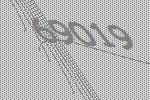
69019